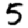
Digit: 5